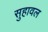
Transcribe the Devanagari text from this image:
सुहावल